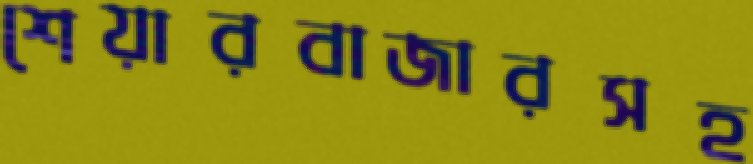
শেয়ারবাজারসহ